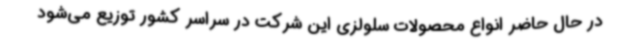
در حال حاضر انواع محصولات سلولزی این شرکت در سراسر کشور توزیع می‌شود